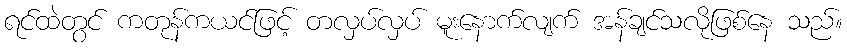
ရင်ထဲတွင် ကတုန်ကယင်ဖြင့် တလှပ်လှပ် မူးနောက်လျက် အန်ချင်သလိုဖြစ်နေ သည်။